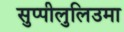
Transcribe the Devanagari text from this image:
सुप्पीलुलिउमा